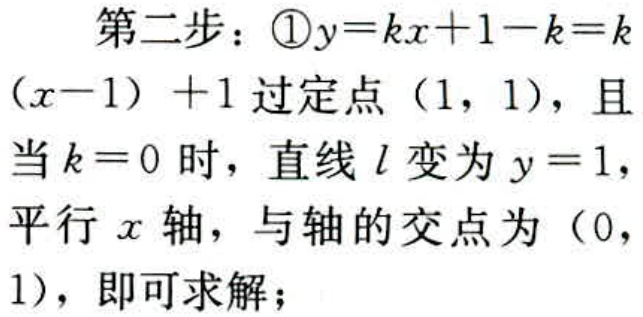
第二步：\textcircled{1}$y = kx + 1 - k = k(x - 1)+1$过定点$(1,1)$，且当$k = 0$时，直线$l$变为$y = 1$，平行$x$轴，与轴的交点为$(0,1)$，即可求解；